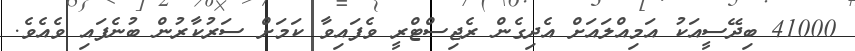
41000 ބިދޭސީއަކު އަމިއްލައަށް އެދިގެން ރެޖިސްޓްރީ ވެފައިވާ ކަމަށް ސަރުކާރުން ބުނެފައި ވެއެވެ.